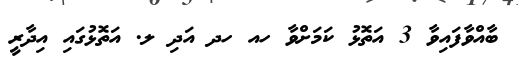
ބާއްވާފައިވާ 3 އަތޮޅު ކަމަށްވާ ހއ ހދ އަދި ލ. އަތޮޅުގައި އިދާރީ